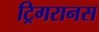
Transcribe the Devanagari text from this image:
ट्रिगरानस